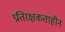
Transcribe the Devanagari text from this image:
प्रतिरक्षकताहीन